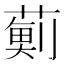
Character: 𮑊